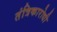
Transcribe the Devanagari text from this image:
तंत्रिकारोधी